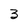
Character: 3